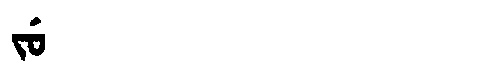
Manchu: ᠵᡠ
Romanization: JU